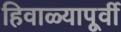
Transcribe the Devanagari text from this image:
हिवाळ्यापूर्वी